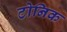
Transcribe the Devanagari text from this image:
टोनिक